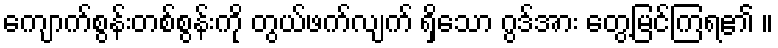
ကျောက်စွန်းတစ်စွန်းကို တွယ်ဖက်လျက် ရှိသော ဂွဒ်အား တွေ့မြင်ကြရ၏ ။